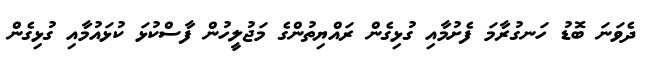
ދެވަނަ ބޮޑު ހަނގުރާމަ ފެށުމާއި ގުޅިގެން ރައްޔިތުންގެ މަޖުލީހުން ފާސްކުޅަ ކުޅައުމާއި ގުޅިގެން